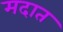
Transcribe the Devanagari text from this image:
मदात